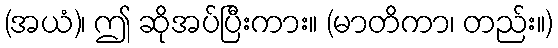
(အယံ)၊ ဤ ဆိုအပ်ပြီးကား။ (မာတိကာ၊ တည်း။)